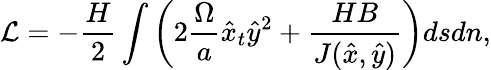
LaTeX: \mathcal{L}=-\frac{H}{2}\int\left(2\frac{\Omega}{a}\hat{x}_{t}\hat{y}^{2}+\frac{HB}{J(\hat{x},\hat{y})}\right)dsdn,